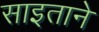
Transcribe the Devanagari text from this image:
साइताने